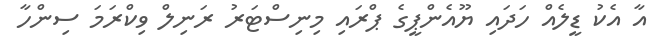
އާ އެކު ޑީލެއް ހަދައި ޔޫއެންޕީގެ ޕްރައި މިނިސްޓަރު ރަނިލް ވިކްރަމަ ސިންހާ